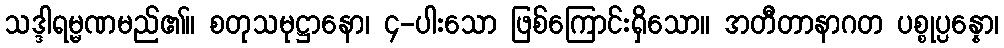
သဒ္ဒါရမ္မဏမည်၏။ စတုသမုဋ္ဌာနော၊ ၄-ပါးသော ဖြစ်ကြောင်းရှိသော။ အတီတာနာဂတ ပစ္စုပ္ပန္နော၊